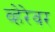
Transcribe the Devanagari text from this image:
व्हेरेवर